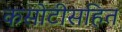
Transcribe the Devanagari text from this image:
कसोटीसहित